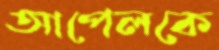
আপেলকে